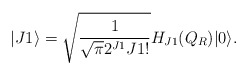
\begin{align*}|J1 \rangle = \sqrt{\frac{1}{\sqrt{\pi} 2^{J1} J1!}} H_{J1}(Q_R)|0\rangle.\end{align*}